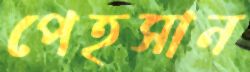
পেহসান